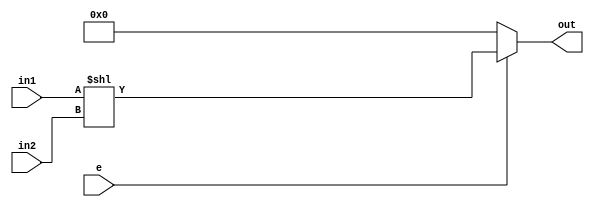
module shift_left (input [7:0] in1,
		   input [1:0] in2,
	           input e,
	           output reg [7:0] out);

always @(*)
	if (e) out = in1 << in2;
	else out = 0;
	
endmodule